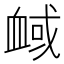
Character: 𧖻